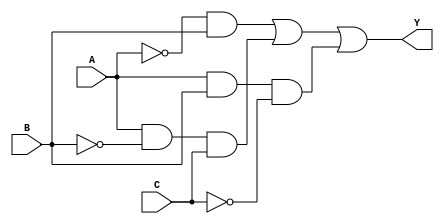
module combinational_logic_block (
    input wire A,  // Input variable A
    input wire B,  // Input variable B
    input wire C,  // Input variable C
    output wire Y  // Output variable Y
);

// Internal signals for intermediate logic
wire not_A;
wire not_B;
wire not_C;
wire term1;
wire term2;
wire term3;

// NOT gates for inversion
not U1 (not_A, A);
not U2 (not_B, B);
not U3 (not_C, C);

// Example minimized logic expression: Y = A'B + AB'C + ABC'
assign term1 = not_A & B;      // A'B
assign term2 = A & not_B & C;  // AB'C
assign term3 = A & B & not_C;  // ABC'

assign Y = term1 | term2 | term3; // Final output Y

endmodule